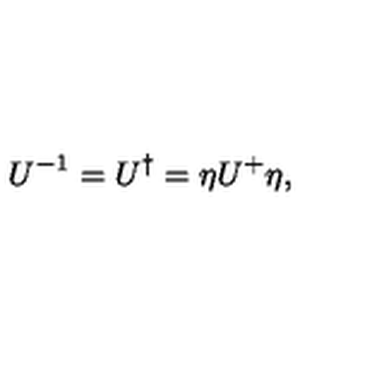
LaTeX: U ^ { - 1 } = U ^ { \dagger } = \eta U ^ { + } \eta ,